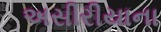
અસીરીયાના